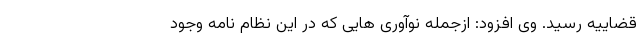
قضاییه رسید. وی افزود: ازجمله نوآوری هایی که در این نظام نامه وجود